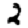
Digit: 2